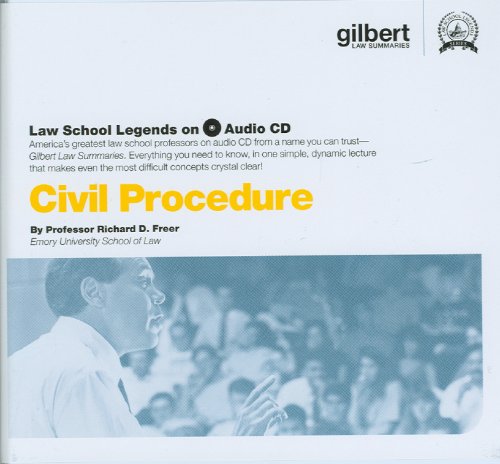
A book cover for Civil Procedure (Law School Legends Audio Series); Richard Freer; Law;